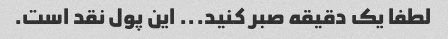
لطفا یک دقیقه صبر کنید... این پول نقد است.